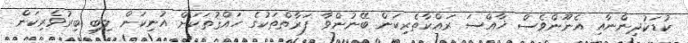
ކުޑަކުދިންނާއި އެނޫންވެސް ޚާއްސަ ރައްކާތެރިކަން ބޭނުންވާ ފަރާތްތަކުގެ ހައްޤުތަކަށް އުނިކަން ލިބި ބިރުވެރިކަން